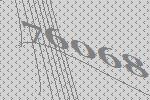
76068